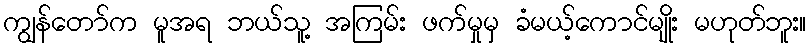
ကျွန်တော်က မူအရ ဘယ်သူ့ အကြမ်း ဖက်မှုမှ ခံမယ့်ကောင်မျိုး မဟုတ်ဘူး။